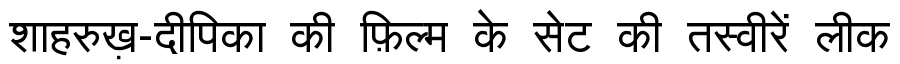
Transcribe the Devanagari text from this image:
शाहरुख़-दीपिका की फ़िल्म के सेट की तस्वीरें लीक